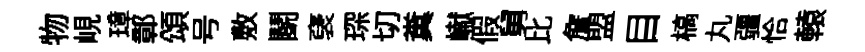
物峴璋鄣頌号敷鬬裦琛切糞𪩘假舅比詹盟目槁丸疆恰轅